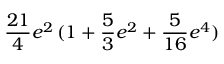
\frac { 2 1 } { 4 } e ^ { 2 } \, ( 1 + \frac 5 3 e ^ { 2 } + \frac { 5 } { 1 6 } e ^ { 4 } )